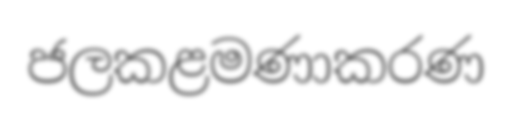
ජලකළමණාකරණ